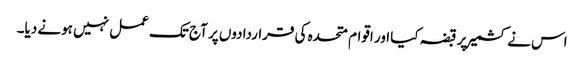
اس نے کشمیر پر قبضہ کیا اور اقوام متحدہ کی قراردادوں پر آج تک عمل نہیں ہونے دیا۔